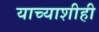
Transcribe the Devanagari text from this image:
याच्याशीही